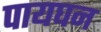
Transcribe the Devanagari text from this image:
पायघन